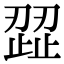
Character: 歰